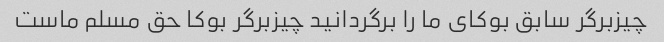
چیزبرگر سابق بوکای ما را برگردانید چیزبرگر بوکا حق مسلم ماست